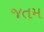
જતમ